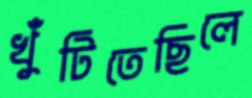
খুঁটিতেছিলে